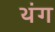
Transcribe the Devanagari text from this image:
थंग